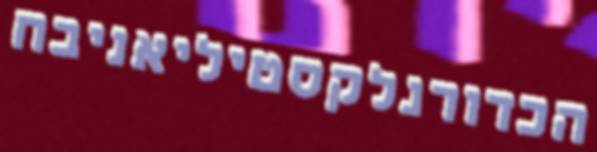
הכדורגלקסטיליאניבח